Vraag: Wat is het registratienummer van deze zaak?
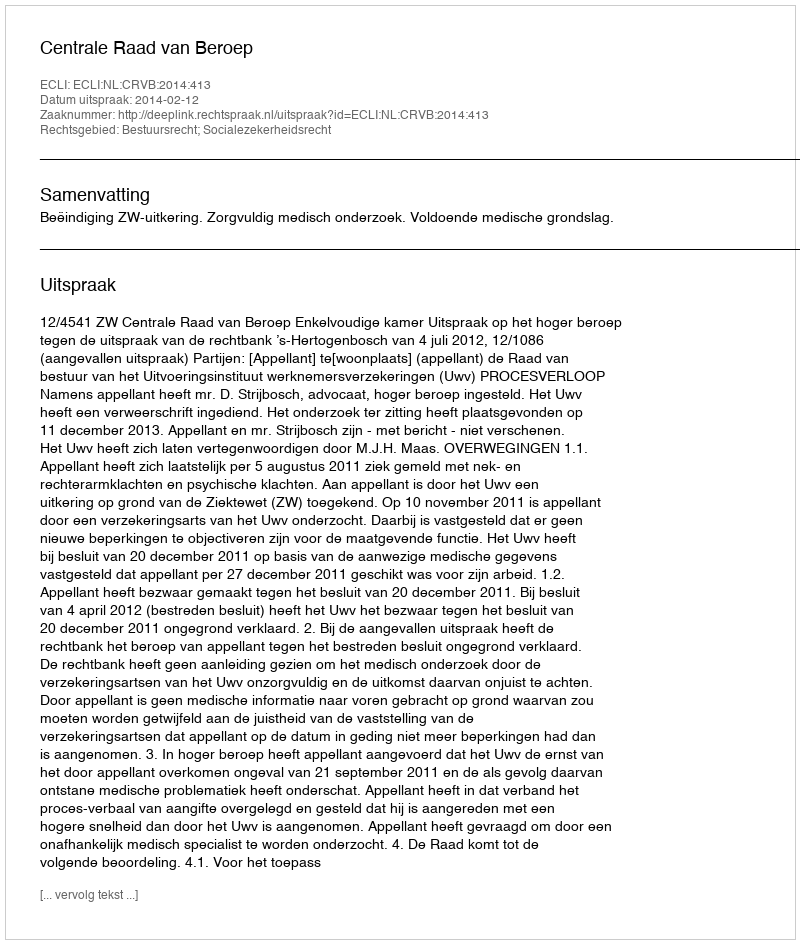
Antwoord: http://deeplink.rechtspraak.nl/uitspraak?id=ECLI:NL:CRVB:2014:413